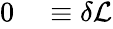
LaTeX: \begin{array}{rl}{0}&{{}\equiv\delta{\mathcal{L}}}\end{array}